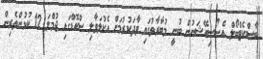
ބާސްކެޓްބޯލް އެސޯސިއޭޝަނުން ބުނީ މުބާރާތުގައި ވާދަކުރުމަށް އެކުލަވާލި ސްކޮޑްގައި ޖުމްލަ 12 ކުޅުންތެރިން